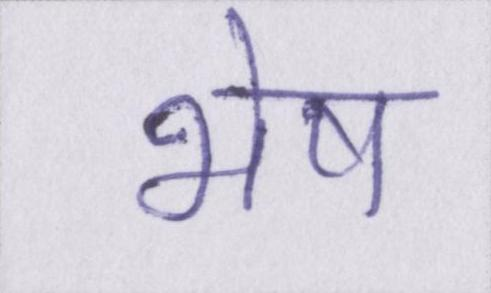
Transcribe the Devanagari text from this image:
भेष